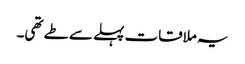
یہ ملاقات پہلے سے طے تھی۔